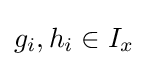
g_{i},h_{i}\in I_{x}